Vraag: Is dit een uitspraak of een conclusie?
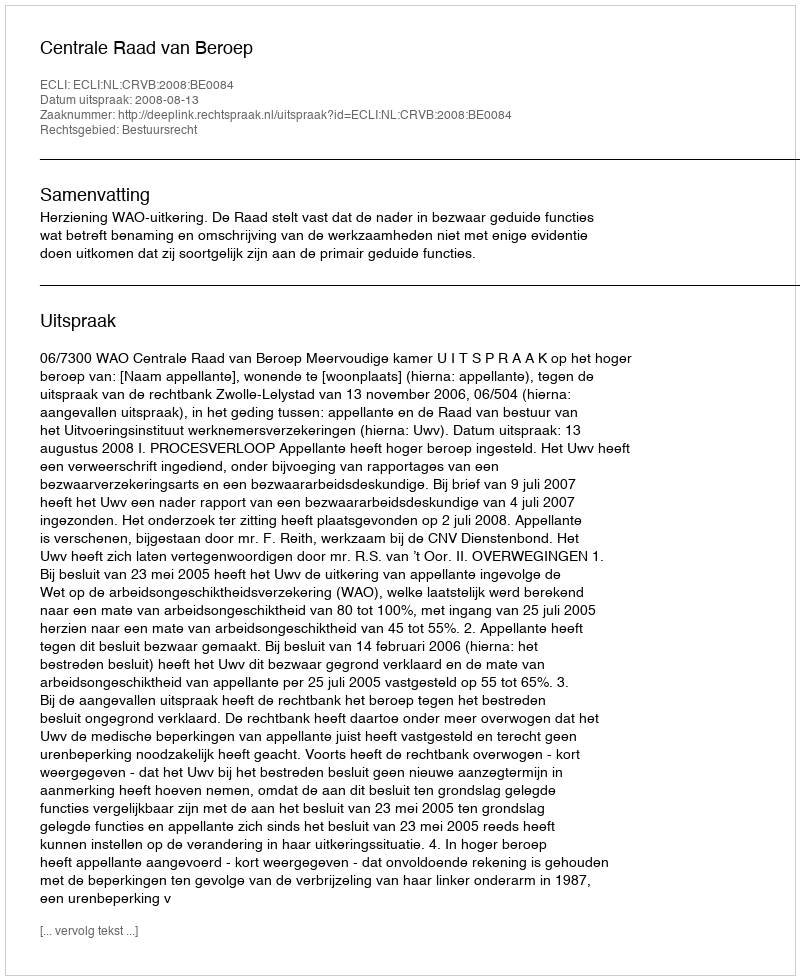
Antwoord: Uitspraak